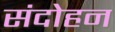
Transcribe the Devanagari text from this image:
संदोहन